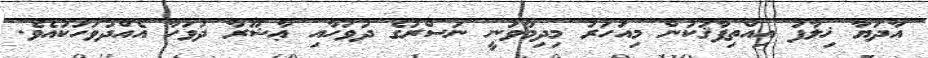
އާދަޔާ ޚިލާފު އިއްތިފާޤަކުން މިއަހަރު މިދިމާވަނީ ނަސްރުގެ ދުވަހާއި ޢާޝޫރާ ދުވަހާ އެއްދުވަހަކުއެވެ.